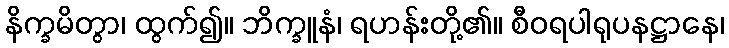
နိက္ခမိတွာ၊ ထွက်၍။ ဘိက္ခူနံ၊ ရဟန်းတို့၏။ စီဝရပါရုပနဋ္ဌာနေ၊